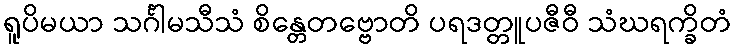
ရူပိမယာ သင်္ဂါမသီသံ စိန္တေတဗ္ဗောတိ ပရဒတ္တူပဇီဝီ သံဃရက္ခိတံ